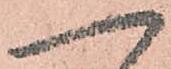
へ